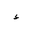
Letter: _hamza